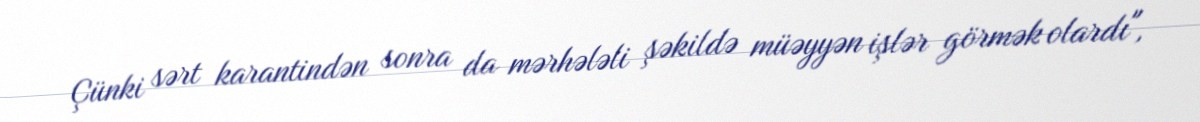
Çünki sərt karantindən sonra da mərhələli şəkildə müəyyən işlər görmək olardı",